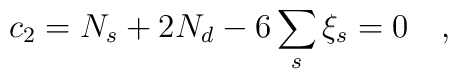
c_2=N_s+2N_d-6\sum_{s}\xi_s=0~~~,